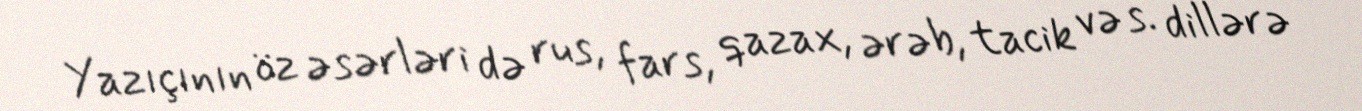
Yazıçının öz əsərləri də rus, fars, qazax, ərəb, tacik və s. dillərə